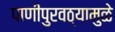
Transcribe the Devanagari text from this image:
पाणीपुरवठ्यामुळे